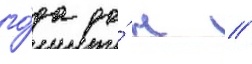
го́да до́ н //